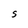
Character: t